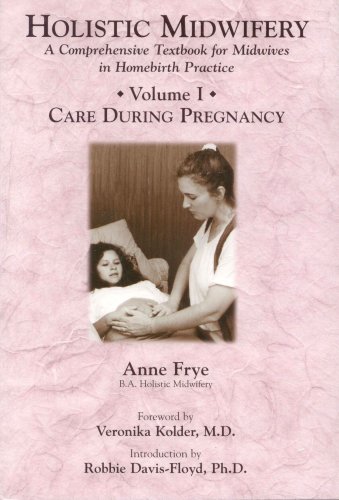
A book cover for Holistic Midwifery: A Comprehensive Textbook for Midwives in Homebirth Practice, Vol. 1: Care During Pregnancy; Anne Frye; Medical Books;